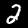
Label: 2